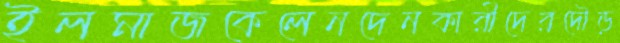
ইলমাজকেলেনদেনকারীদেরদৌড়